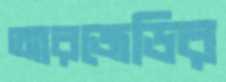
আরজেডির